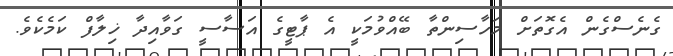
ގެނެސްގެން އެގޮތަށް މަހާސިންތާ ބޭއްވުމަކީ އެ ޕާޓީގެ އަސާސީ ގަވާއިދާ ޚިލާފް ކަމެކެވެ.